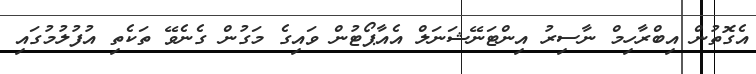
އެގޮތުން އިބްރާހިމް ނާސިރު އިންޓަނޭޝަނަލް އެއާޕޯޓުން ވައިގެ މަގުން ގެނެވޭ ތަކެތި އުފުލުމުގައި